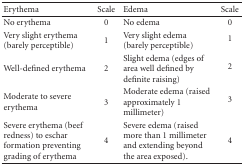
<table><thead><tr><td><b>Erythema</b></td><td><b>Scale </b></td><td><b>Edema</b></td><td><b>Scale </b></td></tr></thead><tbody><tr><td>No erythema</td><td>0</td><td>No edema</td><td>0</td></tr><tr><td>Very slight erythema (barely perceptible)</td><td>1</td><td>Very slight edema (barely perceptible)</td><td>1</td></tr><tr><td>Well-defined erythema</td><td>2</td><td>Slight edema (edges of area well defined by definite raising)</td><td>2</td></tr><tr><td>Moderate to severe erythema</td><td>3</td><td>Moderate edema (raised approximately 1 millimeter)</td><td>3</td></tr><tr><td>Severe erythema (beef redness) to eschar formation preventing grading of erythema</td><td>4</td><td>Severe edema (raised more than 1 millimeter and extending beyond the area exposed).</td><td>4</td></tr></tbody></table>